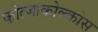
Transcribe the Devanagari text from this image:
कोत्जाकोल्कोस